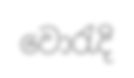
වොරැදි